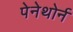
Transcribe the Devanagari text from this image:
पेनेथोर्न